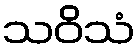
သဝိသံ